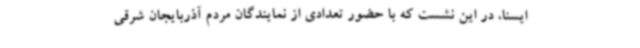
ایسنا، در این نشست که با حضور تعدادی از نمایندگان مردم آذربایجان شرقی